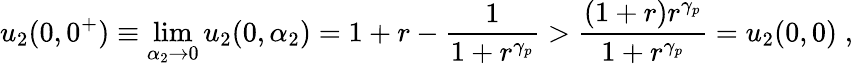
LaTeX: u_{2}(0,0^{+})\equiv\operatorname*{lim}_{\alpha_{2}\rightarrow 0}u_{2}(0,\alpha_{2})=1+r-\frac{1}{1+r^{\gamma_{p}}}>\frac{(1+r)r^{\gamma_{p}}}{1+r^{\gamma_{p}}}=u_{2}(0,0)\; ,